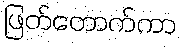
ဖြတ်တောက်ကာ